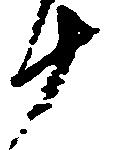
十